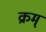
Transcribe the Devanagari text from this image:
क्रम्